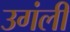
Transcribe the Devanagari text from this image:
उगंली